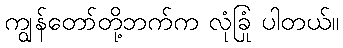
ကျွန်တော်တို့ဘက်က လုံခြုံ ပါတယ်။